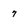
Character: 7